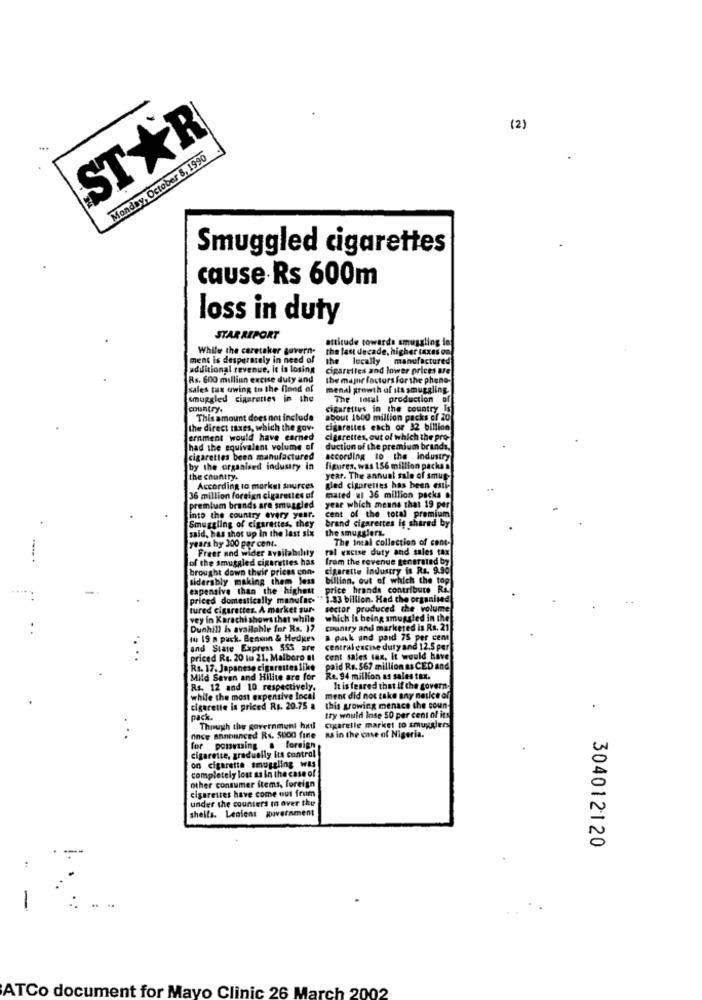
STAR
(2)
Monday, October 8, 1990
Smuggled cigarettes
cause Rs 600m
loss in duty
STAR REPORT
attitude towards smuggling in
While the caretaker govern-
the last decade, higher taxes on
ment is desperately in need of
the locally manufactured
additional revenue. it is losing
ciparetles and lower prices are
Rs. 600 million excise duty and
the majir factors for the pheno-
sales tax uwing to the flond of
menal growth of its smuggling.
smuggled cigarettes in the
The Intal production
country.
cigarettes in the country Is
This amount does not include
about 1600 million packs cf 20
the direct taxes, which the gov.
cigarettes each or 32 billion
ernment would have earned
cigarettes, out of which the pro-
had the equivalent volume of
duction of the premium brands,
cigarettes been manufactured
according to the industry
by the organised industry in
figures. was 156 million packs a
the country.
year. The annual sale of smug-
According to market sources
gled cigarettes has been enti-
36 million foreign cigarettes of
mated ul 36 million packs .
premium brands are smuggled
year which means that 19 per
cent of the total premium
Smuggling of cigarettes, they
into the country every year.
said, has shot up in the last six
brand cigarettes ig shared by
the smugglers.
The Incal collection of cont-
years by 300 per cent.
Freer und wider availability
ral excise duty and sales tax
of the smuggled cigarettes has
from the revenue generated by
brought down their prices con-
cigarette industry is Rs. 9.90
siderably making them less
billinn, out of which the top
expensive than the highest
price brands contribute Ri.
priced domestically manufac-
" 1-33 billion. Had the organised
tured cigarettes. A market sur-
sector produced the volume
vey in Karachi shows that while
which is being smuggled in the
Dunhill is available for Rs. 17
country and marketed is Rs. 21
tu 19 a pack. Benson & Hedges
a pack and paid 75 per cent
and State Express 555 are
central excise duty and 12.5 per
priced Ra. 20 iu 21. Malboro el
cent sales tax, it would have
Rs. 17. Japanese cigarettes like paid Rs. 567 million as CED and
Mild Seven and Hilite are for
Re. 94 million as sales tax.
Rs. 12 and 10 respectively.
It is feared that if the govern.
while the most expensive local
ment did not take any notice of
cigarette is priced Rs. 20.75 a
this growing menace the coun-
pack.
try would Inse 50 per cent of its
Though the government hatl
cigaretle market to smugglers
Once announced Rs. 5000 fine
as in the case of Nigeria.
for porvning a foreign
cigarette, gradually its control
on cigarette smuggling was
completely lost as in the case of
other consumer items, foreign
cigarettes have come out from
under the counters m over the
shells. Lenient government
304012120
-
ATCo document for Mayo Clinic 26 March 2002